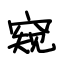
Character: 窥